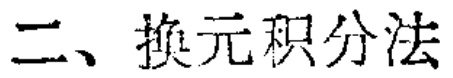
二、换元积分法